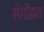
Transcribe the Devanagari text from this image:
सेगोइरा